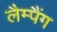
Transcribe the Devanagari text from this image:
लैम्पैंग